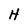
Character: H